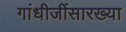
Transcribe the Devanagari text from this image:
गांधीजींसारख्या